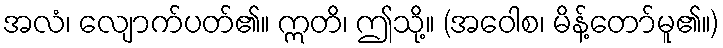
အလံ၊ လျောက်ပတ်၏။ ဣတိ၊ ဤသို့။ (အဝေါစ၊ မိန့်တော်မူ၏။)